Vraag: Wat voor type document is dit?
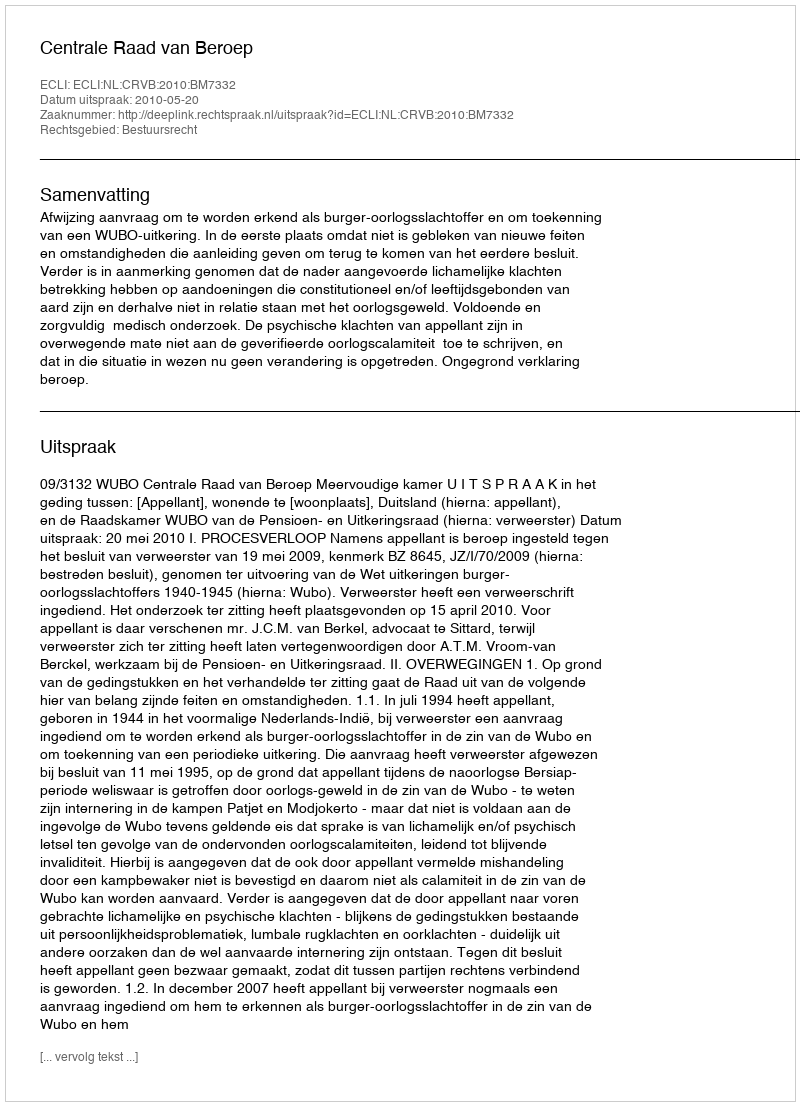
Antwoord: Uitspraak